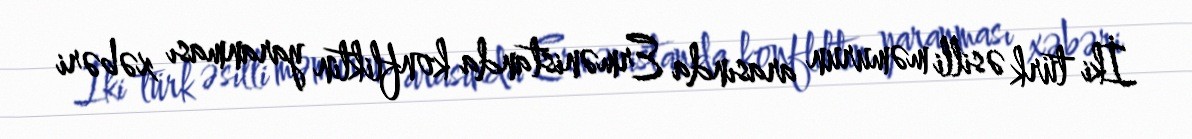
İki türk əsilli məmurun arasında Ermənistanda konfliktin yaranması xəbəri